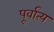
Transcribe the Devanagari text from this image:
पूर्वात्य